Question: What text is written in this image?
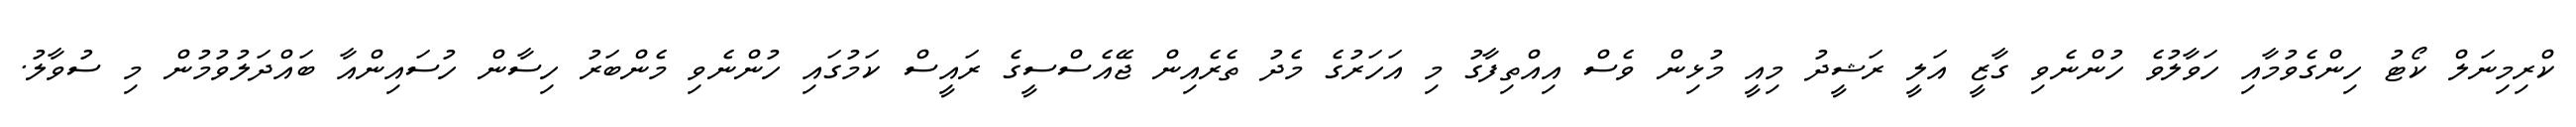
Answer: ކްރިމިނަލް ކޯޓު ހިންގެވުމާއި ހަވާލުވެ ހުންނެވި ގާޒީ އަލީ ރަޝީދު މިއީ މުޅިން ވެސް އިއްތިފާގު މި އަހަރުގެ މެދު ތެރެއިން ޖޭއެސްސީގެ ރައީސް ކަމުގައި ހުންނެވި މެންބަރު ހިސާން ހުސައިންއާ ބައްދަލުވުމުން މި ސުވާލު.